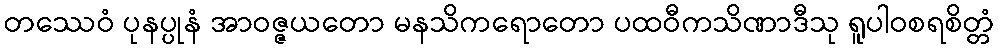
တဿေဝံ ပုနပ္ပုနံ အာဝဇ္ဇယတော မနသိကရောတော ပထဝီကသိဏာဒီသု ရူပါဝစရစိတ္တံ